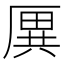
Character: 𠪙